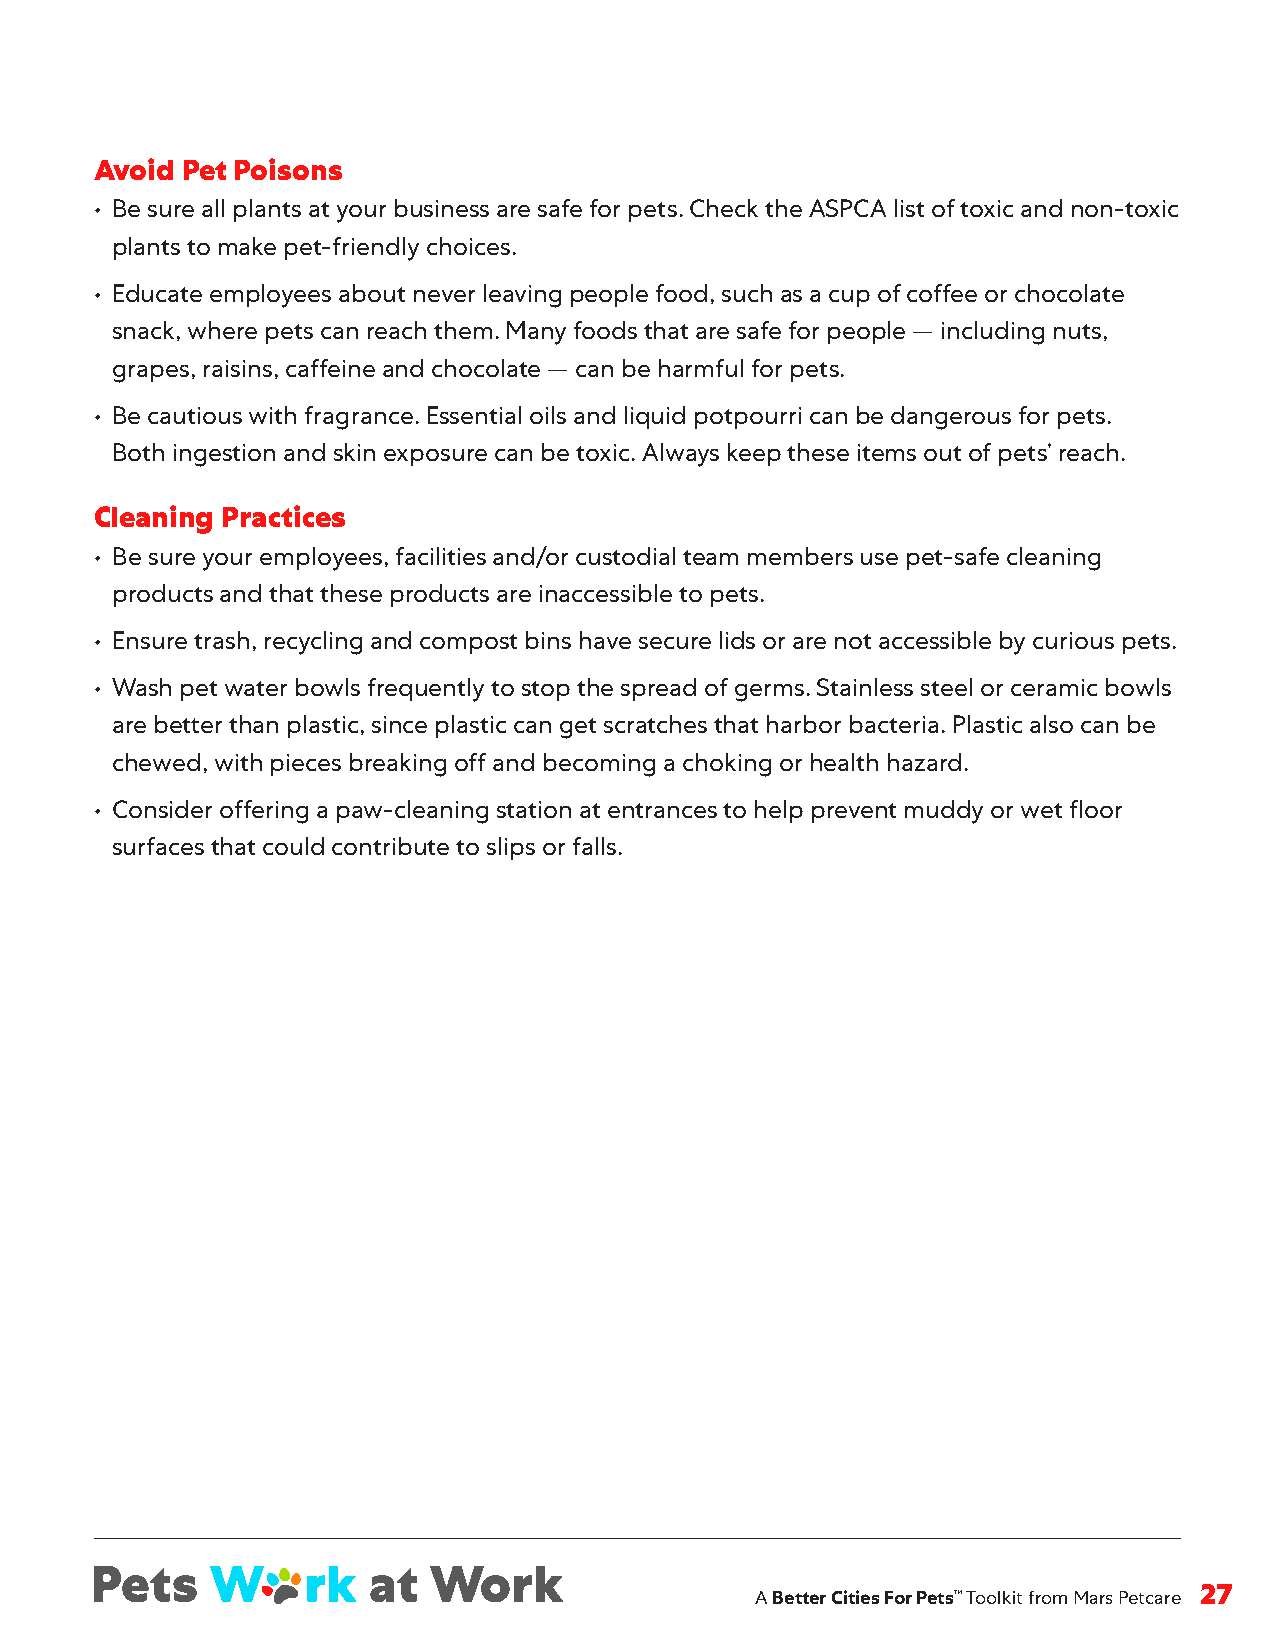
Avoid Pet Poisons
 • Be sure all plants at your business are safe for pets . Check the ASPCA list of toxic and non-toxic
 plants to make pet-friendly choices .
 • Educate employees about never leaving people food, such as a cup of coffee or chocolate
 snack, where pets can reach them . Many foods that are safe for people — including nuts,
 grapes, raisins, caffeine and chocolate — can be harmful for pets .
 • Be cautious with fragrance . Essential oils and liquid potpourri can be dangerous for pets .
 Both ingestion and skin exposure can be toxic . Always keep these items out of pets’ reach .
 Cleaning Practices
 • Be sure your employees, facilities and/or custodial team members use pet-safe cleaning
 products and that these products are inaccessible to pets .
 • Ensure trash, recycling and compost bins have secure lids or are not accessible by curious pets .
 • Wash pet water bowls frequently to stop the spread of germs . Stainless steel or ceramic bowls
 are better than plastic, since plastic can get scratches that harbor bacteria . Plastic also can be
 chewed, with pieces breaking off and becoming a choking or health hazard .
 • Consider offering a paw-cleaning station at entrances to help prevent muddy or wet floor
 surfaces that could contribute to slips or falls .
 A Better Cities For Pets™ Toolkit from Mars Petcare 27